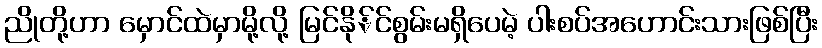
ညိုတို့ဟာ မှောင်ထဲမှာမို့လို့ မြင်နို်င်စွမ်းမရှိပေမဲ့ ပါးစပ်အဟောင်းသားဖြစ်ပြီး